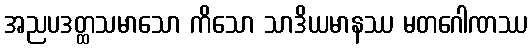
အညပဒတ္ထသမာသော ကိသော သာဒိယမာနဿ မတဂေါဏဿ